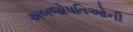
અબજોપતિઓની